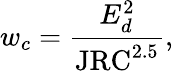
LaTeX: w_{c}=\frac{E_{d}^{2}}{\mathrm{JRC}^{2.5}},